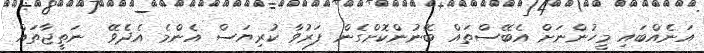
އަނެއްބައި މީހުންނަށް އެބޭސްތައް ބޭނުންކޮށްގެން ފަރުވާ ކުރިޔަސް އެންމެ އެދެވޭ  ނަތީޖާތައް